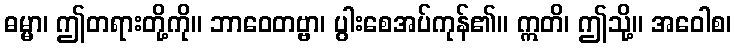
ဓမ္မာ၊ ဤတရားတို့ကို။ ဘာဝေတဗ္ဗာ၊ ပွါးစေအပ်ကုန်၏။ ဣတိ၊ ဤသို့။ အဝေါစ၊